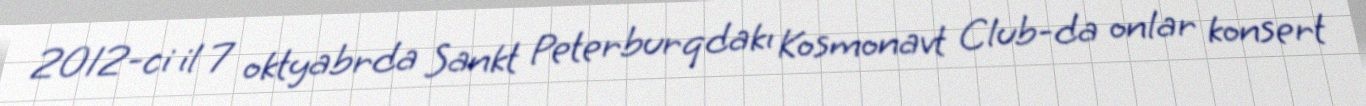
2012-ci il 7 oktyabrda Sankt Peterburqdakı Kosmonavt Club-da onlar konsert